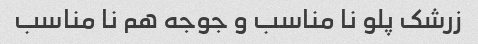
زرشک پلو نا مناسب و جوجه هم نا مناسب